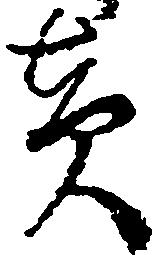
責